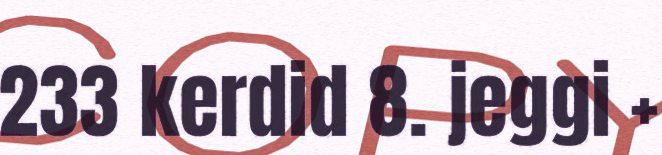
233 kerdid 8. jeggi +